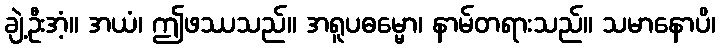
ချဲ့ဦးအံ့။ အယံ၊ ဤဖဿသည်။ အရူပဓမ္မော၊ နာမ်တရားသည်။ သမာနောပိ၊